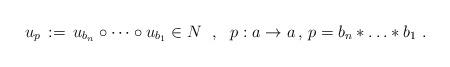
LaTeX: \begin{align*}u_p \, := \, u_{b_n} \circ \cdots \circ u_{b_1} \in N\ \ , \ \ p : a \to a \, , \, p = b_n * \ldots * b_1 \ .\end{align*}